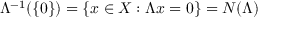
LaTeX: \Lambda ^ { - 1 } ( \{ 0 \} ) = \{ x \in X : \Lambda x = 0 \} = { N } ( \Lambda )